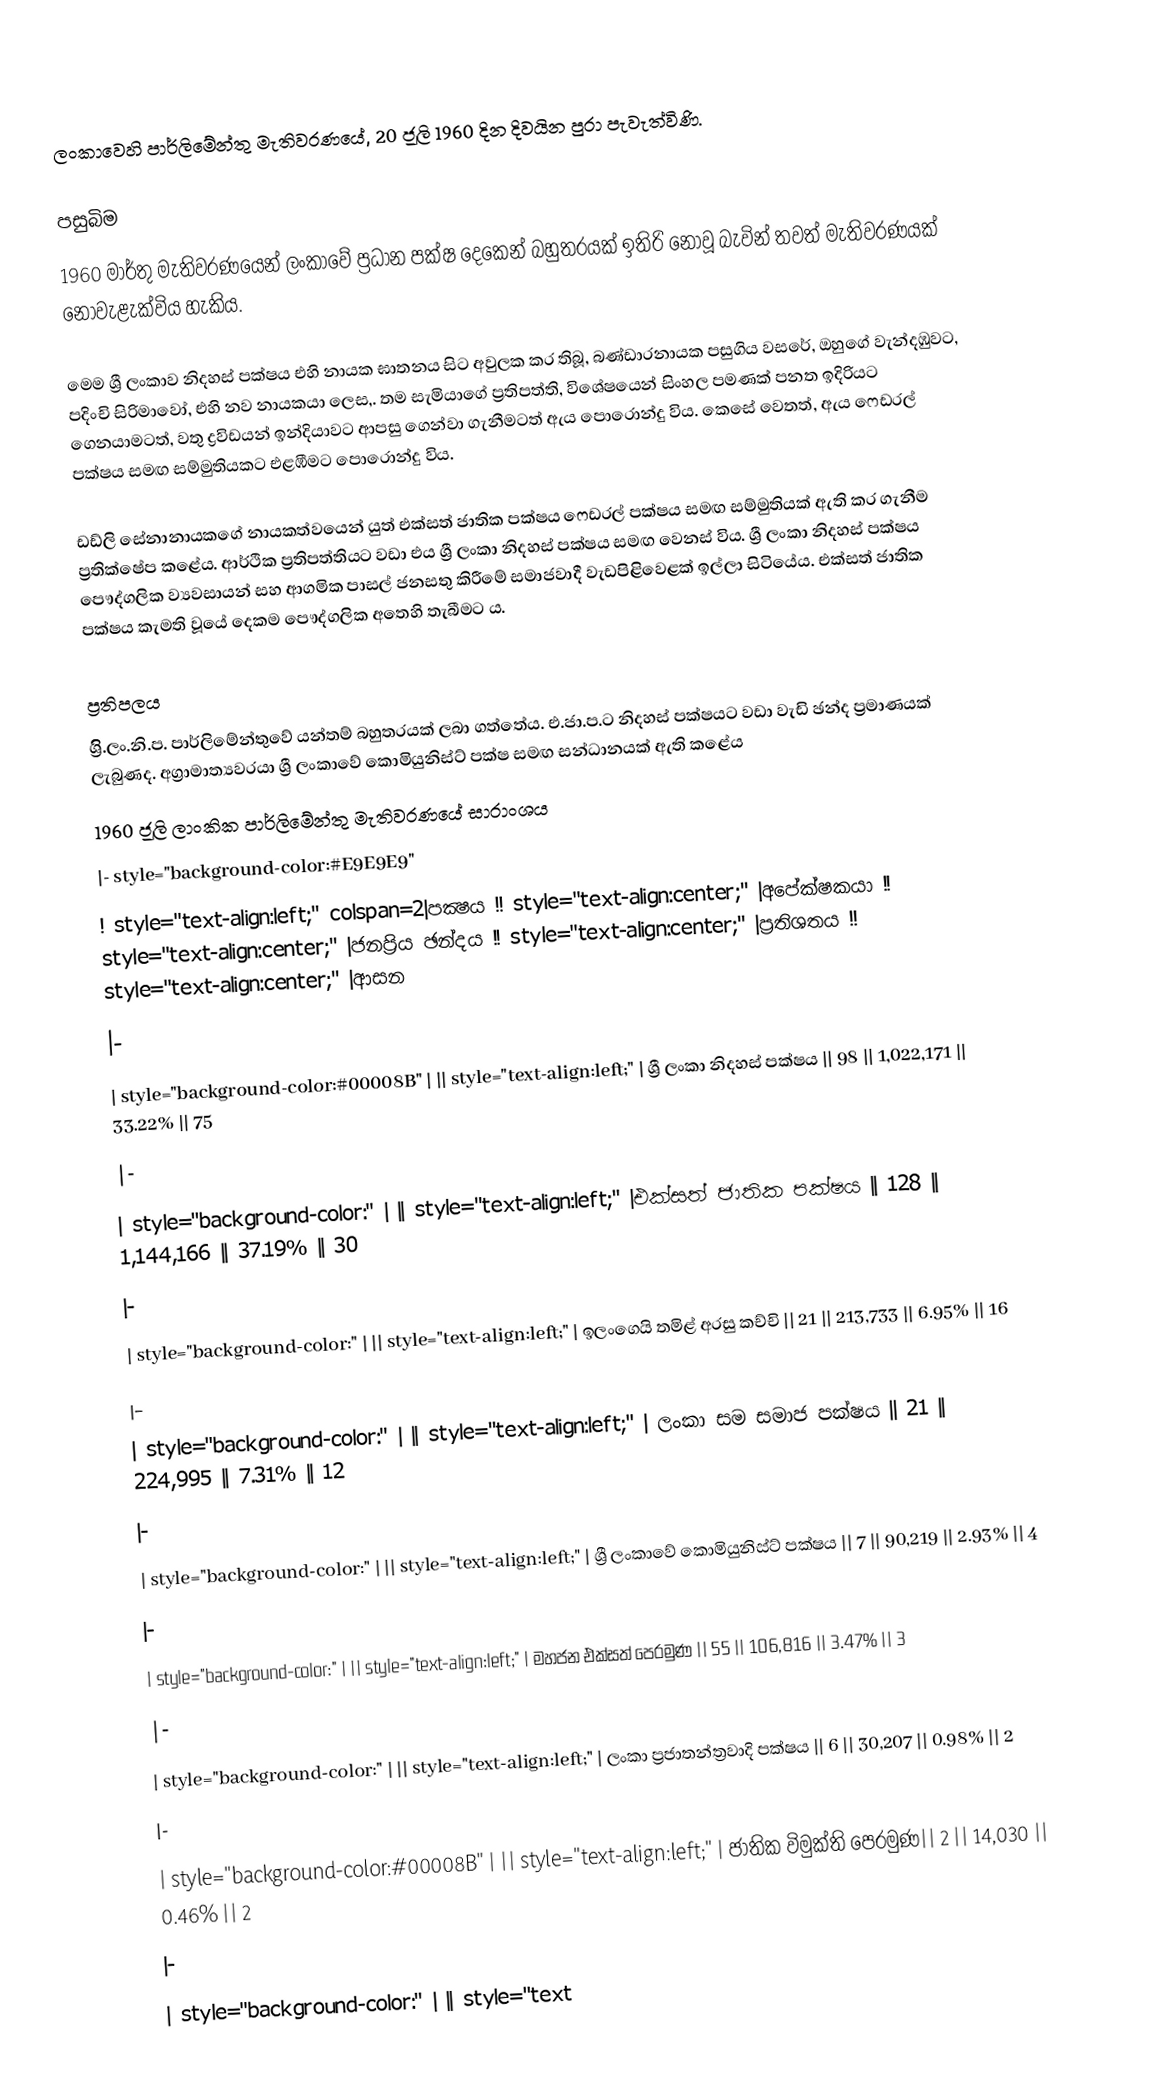
ලංකා‍වෙහි පාර්ලිමේන්තු මැතිවරණයේ, 20 ජූලි 1960 දින දිවයින පුරා පැවැත්විණි.

පසුබිම
1960 මාර්තු මැතිවරණයෙන් ලංකාවේ ප්‍රධාන පක්ෂ දෙකෙන් බහුතරයක් ඉතිරි නොවූ බැවින් තවත් මැතිවරණයක් නොවැළැක්විය හැකිය.

මෙම ශ්‍රී ලංකාව නිදහස් පක්ෂය එහි නායක ඝාතනය සිට අවුලක කර තිබූ, බණ්ඩාරනායක පසුගිය වසරේ, ඔහුගේ වැන්දඹුවට, පදිංචි සිරිමාවෝ, එහි නව නායකයා ලෙස,. තම සැමියාගේ ප්‍රතිපත්ති, විශේෂයෙන් සිංහල පමණක් පනත ඉදිරියට ගෙනයාමටත්, වතු ද්‍රවිඩයන් ඉන්දියාවට ආපසු ගෙන්වා ගැනීමටත් ඇය පොරොන්දු විය. කෙසේ වෙතත්, ඇය ෆෙඩරල් පක්ෂය සමඟ සම්මුතියකට එළඹීමට පොරොන්දු විය.

ඩඩ්ලි සේනානායකගේ නායකත්වයෙන් යුත් එක්සත් ජාතික පක්ෂය ෆෙඩරල් පක්ෂය සමඟ සම්මුතියක් ඇති කර ගැනීම ප්‍රතික්ෂේප කළේය. ආර්ථික ප්‍රතිපත්තියට වඩා එය ශ්‍රී ලංකා නිදහස් පක්ෂය සමඟ වෙනස් විය. ශ්‍රී ලංකා නිදහස් පක්ෂය පෞද්ගලික ව්‍යවසායන් සහ ආගමික පාසල් ජනසතු කිරීමේ සමාජවාදී වැඩපිළිවෙළක් ඉල්ලා සිටියේය. එක්සත් ජාතික පක්ෂය කැමති වූයේ දෙකම පෞද්ගලික අතෙහි තැබීමට ය.

ප්‍රතිපලය
ශ්‍රිි.ලං.නි.ප. පාර්ලිමේන්තුවේ යන්තම් බහුතරයක් ලබා ගත්තේය. එ.ජා.ප.ට නිදහස් පක්ෂයට වඩා වැඩි ඡන්ද ප්‍රමාණයක් ලැබුණද. අග්‍රාමාත්‍යවරයා ශ්‍රී ලංකාවේ කොමියුනිස්ට් පක්ෂ සමඟ සන්ධානයක් ඇති කළේය
1960 ජූලි ලාංකික පාර්ලිමේන්තු මැතිවරණයේ සාරාංශය
|- style="background-color:#E9E9E9"
! style="text-align:left;" colspan=2|පක්‍ෂය !! style="text-align:center;" |අපේක්ෂකයා !! style="text-align:center;" |ජනප්‍රිය ඡන්දය !! style="text-align:center;" |ප්‍රතිශතය !! style="text-align:center;" |ආසන
|-
| style="background-color:#00008B" |  || style="text-align:left;" | ශ්‍රී ලංකා නිදහස් පක්ෂය || 98 || 1,022,171 || 33.22% || 75
|-
| style="background-color:" |  || style="text-align:left;" |එක්සත් ජාතික පක්ෂය || 128 || 1,144,166 || 37.19% || 30
|-
| style="background-color:" |  || style="text-align:left;" | ඉලංගෙයි තමිළ් අරසු කච්චි || 21 || 213,733 || 6.95% || 16
|-
| style="background-color:" |  || style="text-align:left;" | ලංකා සම සමාජ පක්ෂය || 21 || 224,995 || 7.31% || 12
|-
| style="background-color:" |  || style="text-align:left;" | ශ්‍රී ලංකාවේ කොමියුනිස්ට් පක්ෂය || 7 || 90,219 || 2.93% || 4
|-
| style="background-color:" |  || style="text-align:left;" | මහජන එක්සත් පෙරමුණ || 55 || 106,816 || 3.47% || 3
|-
| style="background-color:" |  || style="text-align:left;" | ලංකා ප්‍රජාතන්ත්‍රවාදි පක්ෂය || 6 || 30,207 || 0.98% || 2
|-
| style="background-color:#00008B" |  || style="text-align:left;" | ජාතික විමුක්ති පෙරමුණ|| 2 || 14,030 || 0.46% || 2
|-
| style="background-color:" |  || style="text